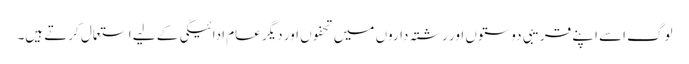
لوگ اسے اپنے قریبی دوستوں اور رشتہ داروں میں تحفوں اور دیگر عام ادائیگی کے لیے استعمال کرتے ہیں۔